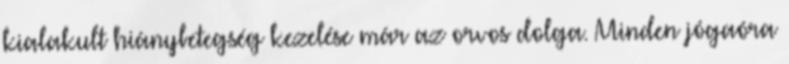
kialakult hiánybetegség kezelése már az orvos dolga. Minden jógaóra